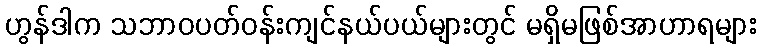
ဟွန်ဒါက သဘာဝပတ်ဝန်းကျင်နယ်ပယ်များတွင် မရှိမဖြစ်အာဟာရများ